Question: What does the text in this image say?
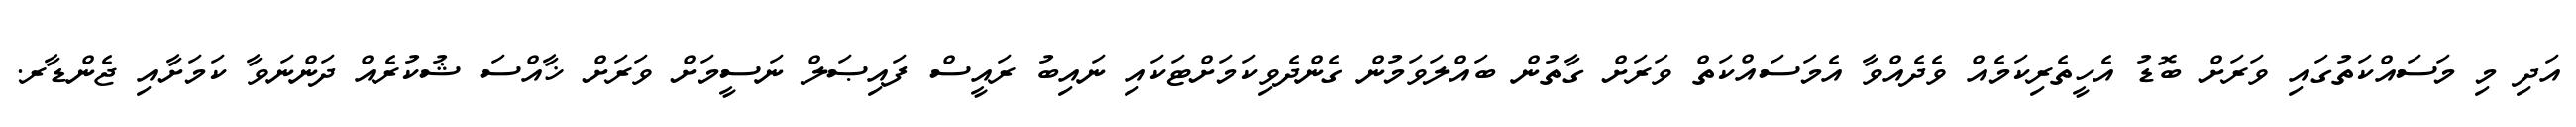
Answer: އަދި މި މަސައްކަތުގައި ވަރަށް ބޮޑު އެހީތެރިކަމެއް ވެދެއްވާ އެމަސައްކަތް ވަރަށް ގާތުން ބައްލަވަމުން ގެންދެވިކަމަށްޓަކައި ނައިބު ރައީސް ފައިޞަލް ނަސީމަށް ވަރަށް ޚާއްސަ ޝުކުރެއް ދަންނަވާ ކަމަށާއި ޖެންޑާރ.